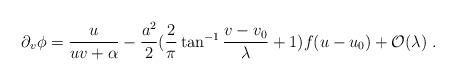
LaTeX: \begin{align*}\partial_v \phi = \frac{u}{u v + \alpha}- \frac{a^2}{2} (\frac{2}{\pi} \tan^{- 1} \frac{v - v_0}{\lambda} + 1) f(u - u_0) + {\cal O}(\lambda) \; .\end{align*}